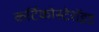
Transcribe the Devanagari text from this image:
कर्टिकोस्टेरॉइड